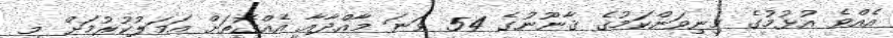
އެއްވެ އުޅުމުގެ މިނިވަންކަމުގެ ޤާނޫނުގެ 54 ވަނަ މާއްދާއާ އެއްގޮތަށް އަމަލުކުރުމަށް މި